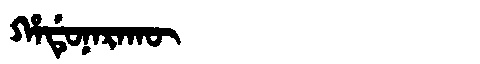
Manchu: ᡥᠠᡩᡠᠨᠠᡵᠠᡴᡡ
Romanization: HADUNARAKŪ